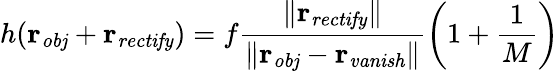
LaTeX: h(\mathbf{r_{\mathit{obj}}}+\mathbf{r_{\mathit{rectify}}})=f\frac{\| \mathbf{r_{\mathit{rectify}}}\| }{\| \mathbf{r_{\mathit{obj}}}-\mathbf{r_{\mathit{vanish}}}\| }\left(1+\frac{1}{M}\right)